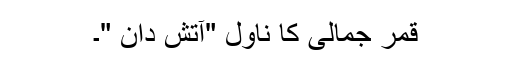
قمر جمالی کا ناول "آتش دان "۔